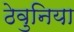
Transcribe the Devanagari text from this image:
ठेवुनिया